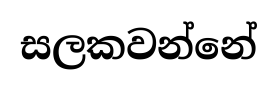
සලකවන්නේ